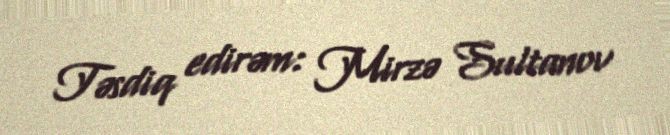
Təsdiq edirəm: Mirzə Sultanov